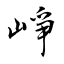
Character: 崢